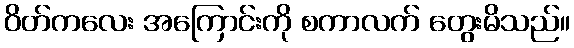
ဝိတ်ကလေး အကြောင်းကို စကာလက် တွေးမိသည်။